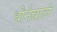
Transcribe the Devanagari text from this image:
धोनेवाले